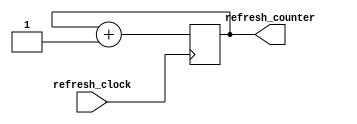
module refresh_counter (
    input refresh_clock,
    output reg [1:0] refresh_counter = 0
    );

    always@ (posedge refresh_clock) refresh_counter <= refresh_counter + 1;
    
endmodule